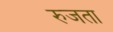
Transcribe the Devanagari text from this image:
रुजता